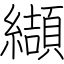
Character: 纈